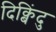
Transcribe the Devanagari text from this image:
दिक्बिंदु